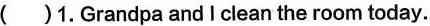
( )1.Grandpa and I clean the room today.